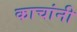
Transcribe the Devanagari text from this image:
काचांनी